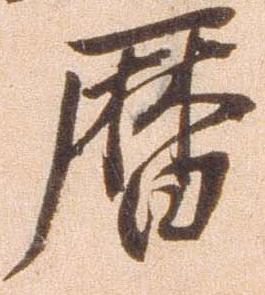
暦